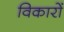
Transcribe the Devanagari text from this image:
विकारों